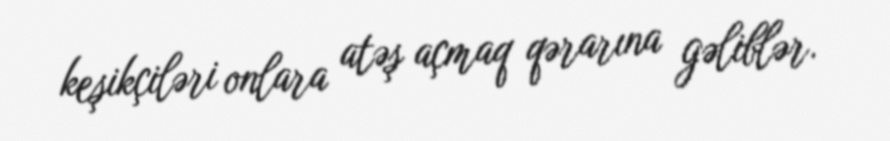
keşikçiləri onlara atəş açmaq qərarına gəliblər.